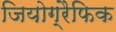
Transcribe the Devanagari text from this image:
जियोग्रैफिक